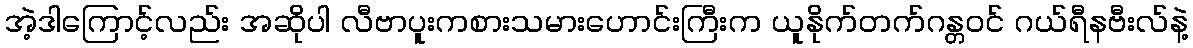
အဲ့ဒါကြောင့်လည်း အဆိုပါ လီဗာပူးကစားသမားဟောင်းကြီးက ယူနိုက်တက်ဂန္တဝင် ဂယ်ရီနဗီးလ်နဲ့